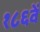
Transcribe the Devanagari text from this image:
१८६वें